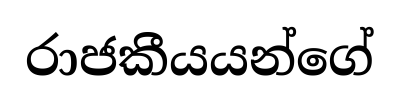
රාජකීයයන්ගේ